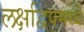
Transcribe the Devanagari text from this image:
लक्षद्विपमध्ये